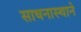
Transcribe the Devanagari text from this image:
साधनास्थाने